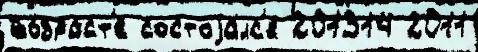
во́зраст'е состоjа́лс'я 201314 2011